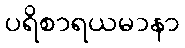
ပရိစာရယမာနာ